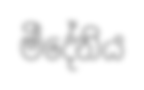
මීදේනිය